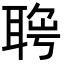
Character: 𦖄